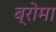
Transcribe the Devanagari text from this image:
ब्रोमा